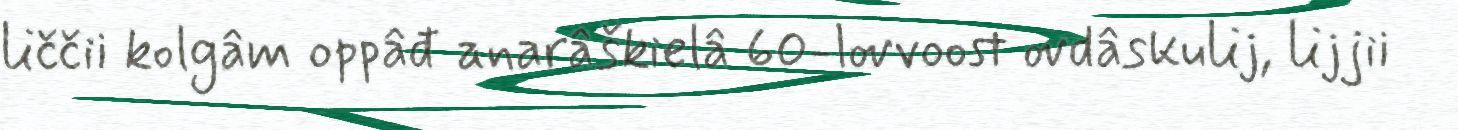
liččii kolgâm oppâđ anarâškielâ 60-lovvoost ovdâskulij, lijjii